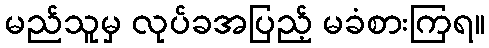
မည်သူမှ လုပ်ခအပြည့် မခံစားကြရ။